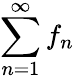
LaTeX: \sum_{n=1}^{\infty}f_{n}